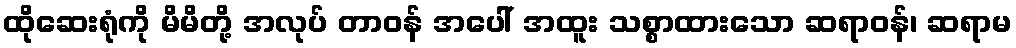
ထိုဆေးရုံကို မိမိတို့ အလုပ် တာဝန် အပေါ် အထူး သစ္စာထားသော ဆရာဝန်၊ ဆရာမ